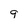
Character: q